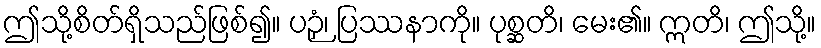
ဤသို့စိတ်ရှိသည်ဖြစ်၍။ ပဉှံ၊ ပြဿနာကို။ ပုစ္ဆတိ၊ မေး၏။ ဣတိ၊ ဤသို့။